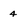
Character: 4